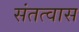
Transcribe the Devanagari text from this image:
संतत्वास